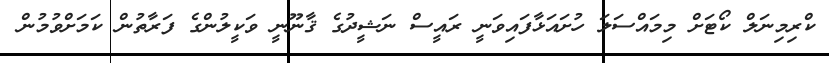
ކްރިމިނަލް ކޯޓަށް މިމައްސަލަ ހުށައަޅާފައިވަނީ ރައީސް ނަޝީދުގެ ޤާނޫނީ ވަކީލުންގެ ފަރާތުން ކަމަށްވުމުން